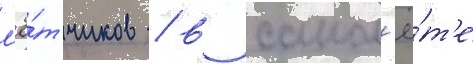
л'ё́тчиков / в самол'ё́т'е